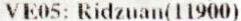
VE05: RIDZUAN(11900)